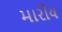
મારીય